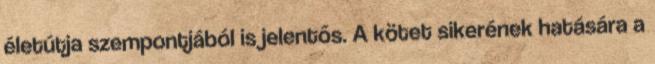
életútja szempontjából is jelentős. A kötet sikerének hatására a